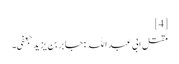
[4]
مقتل ابی عبد اللہ :جابر بن یزید جعفی۔